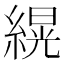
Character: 縨